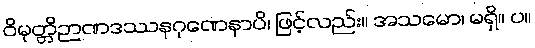
ဝိမုတ္တိဉာဏဒဿနဂုဏေနာပိ၊ ဖြင့်လည်း။ အသမော၊ မရှိ။ ပ။